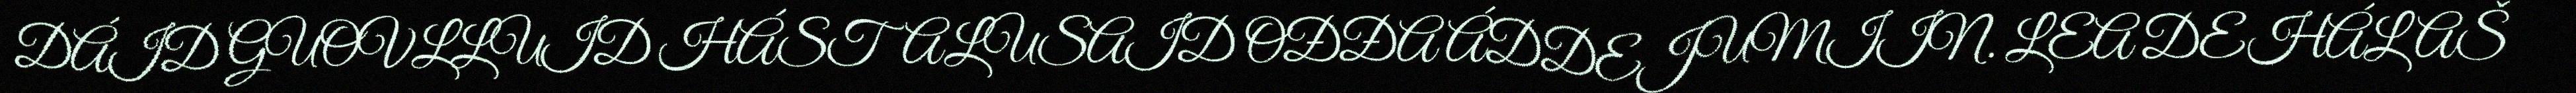
DÁID GUOVLLUID HÁSTALUSAID OĐĐA ÁDDEJUMIIN. LEA DEHÁLAŠ